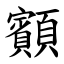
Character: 顮